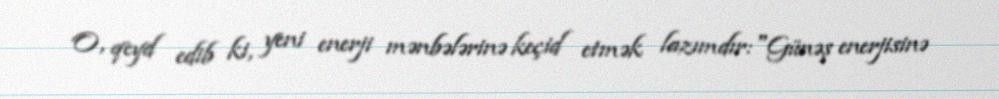
O, qeyd edib ki, yeni enerji mənbələrinə keçid etmək lazımdır:"Günəş enerjisinə